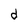
Character: d